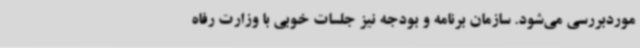
موردبررسی می‌شود. سازمان برنامه و بودجه نیز جلسات خوبی با وزارت رفاه